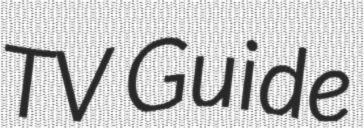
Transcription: TV Guide